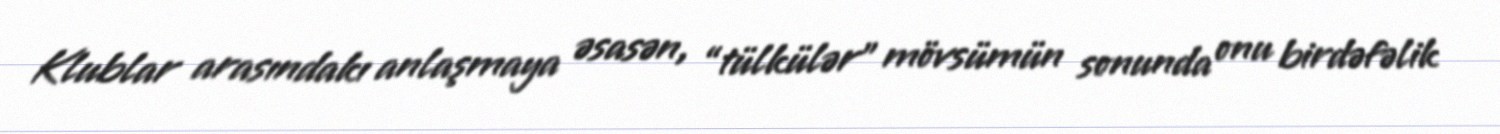
Klublar arasındakı anlaşmaya əsasən, “tülkülər” mövsümün sonunda onu birdəfəlik